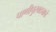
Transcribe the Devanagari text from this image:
पाणीपुरवठ्याचे